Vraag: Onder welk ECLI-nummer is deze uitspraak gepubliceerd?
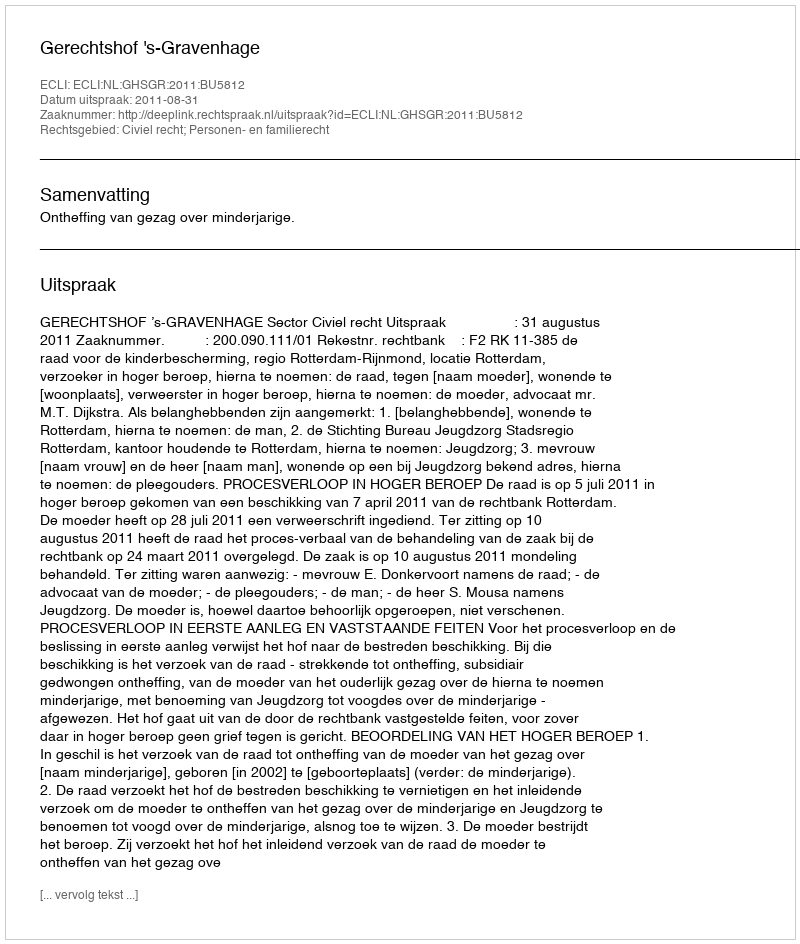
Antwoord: ECLI:NL:GHSGR:2011:BU5812